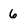
Character: 6